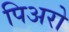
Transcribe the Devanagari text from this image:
पिअरो